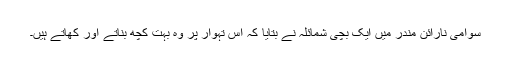
سوامی نارائن مندر میں ایک بچی شمائلہ نے بتایا کہ اس تہوار پر وہ بہت کچھ بناتے اور کھاتے ہیں۔